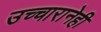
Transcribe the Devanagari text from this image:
उच्चारानेही